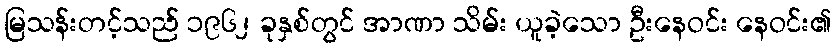
မြသန်းတင့်သည် ၁၉၆၂ ခုနှစ်တွင် အာဏာ သိမ်း ယူခဲ့သော ဦးနေဝင်း နေဝင်း၏